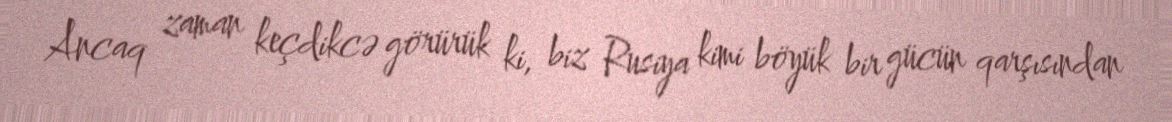
Ancaq zaman keçdikcə görürük ki, biz Rusiya kimi böyük bir gücün qarşısından